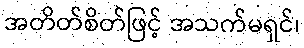
အတိတ်စိတ်ဖြင့် အသက်မရှင်၊